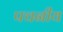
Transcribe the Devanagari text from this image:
पचनीय